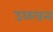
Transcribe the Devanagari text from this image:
उळवन